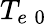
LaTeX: T_{e\; 0}